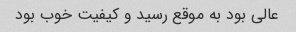
عالی بود به موقع رسید و کیفیت خوب بود